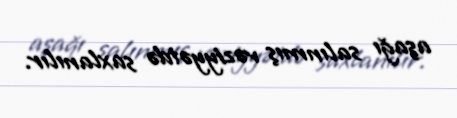
aşağı salınmış vəziyyətdə saxlanılır.